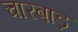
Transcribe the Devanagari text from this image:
चारबाड़